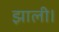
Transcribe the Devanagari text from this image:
झाली।